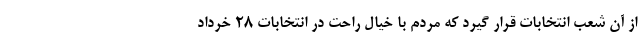
از آن شعب انتخابات قرار گیرد که مردم با خیال راحت در انتخابات ۲۸ خرداد